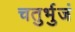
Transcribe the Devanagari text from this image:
चतुर्भुजं